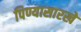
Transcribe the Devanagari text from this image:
पिण्यासारखे